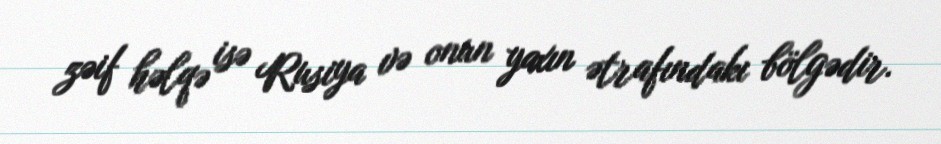
zəif həlqə isə Rusiya və onun yaxın ətrafındakı bölgədir.